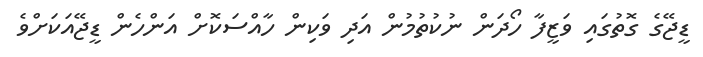
ޑީޖޭގެ ގޮތުގައި ވަޒީފާ ހޯދަން ނުކުތުމުން އަދި ވަކިން ހާއްސަކޮށް އަންހެން ޑީޖޭއަކަށްވެ